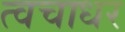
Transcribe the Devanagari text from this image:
त्वचाधर